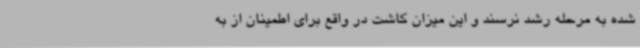
شده به مرحله رشد نرسند و این میزان کاشت در واقع برای اطمینان از به